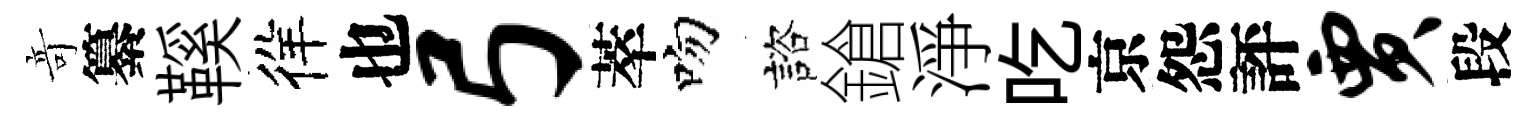
竒纂鞵徉也弓萃吻諮鎗淨吃京怨評贾段